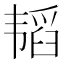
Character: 韬